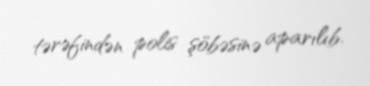
tərəfindən polis şöbəsinə aparılıb.